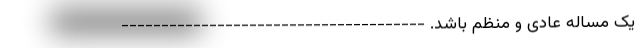
یک مساله عادی و منظم باشد. --------------------------------------